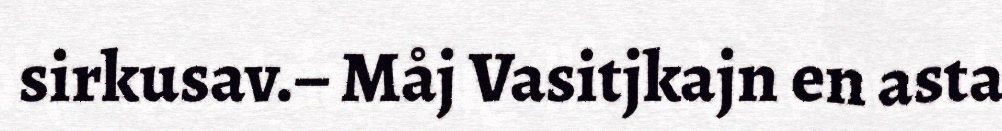
sirkusav.– Måj Vasitjkajn en asta